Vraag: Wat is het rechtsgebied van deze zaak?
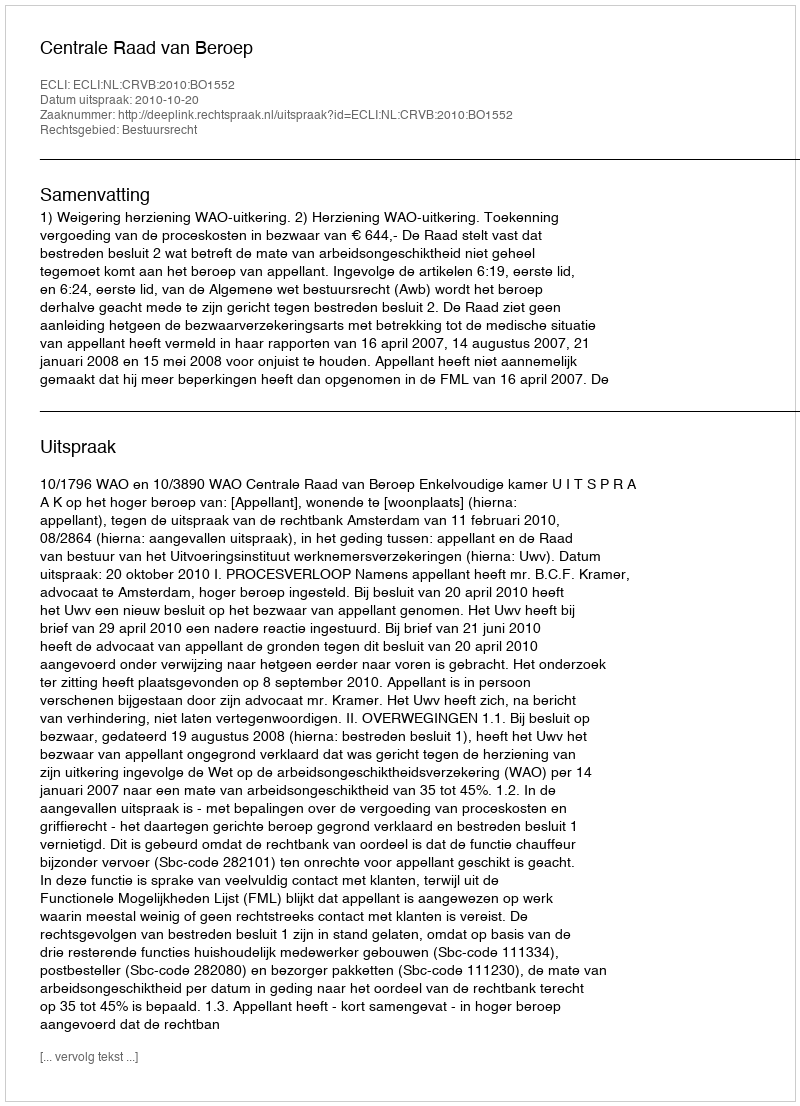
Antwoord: Bestuursrecht